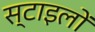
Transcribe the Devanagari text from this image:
स्टाइलों